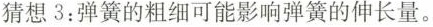
猜想3：弹簧的粗细可能影响弹簧的伸长量。